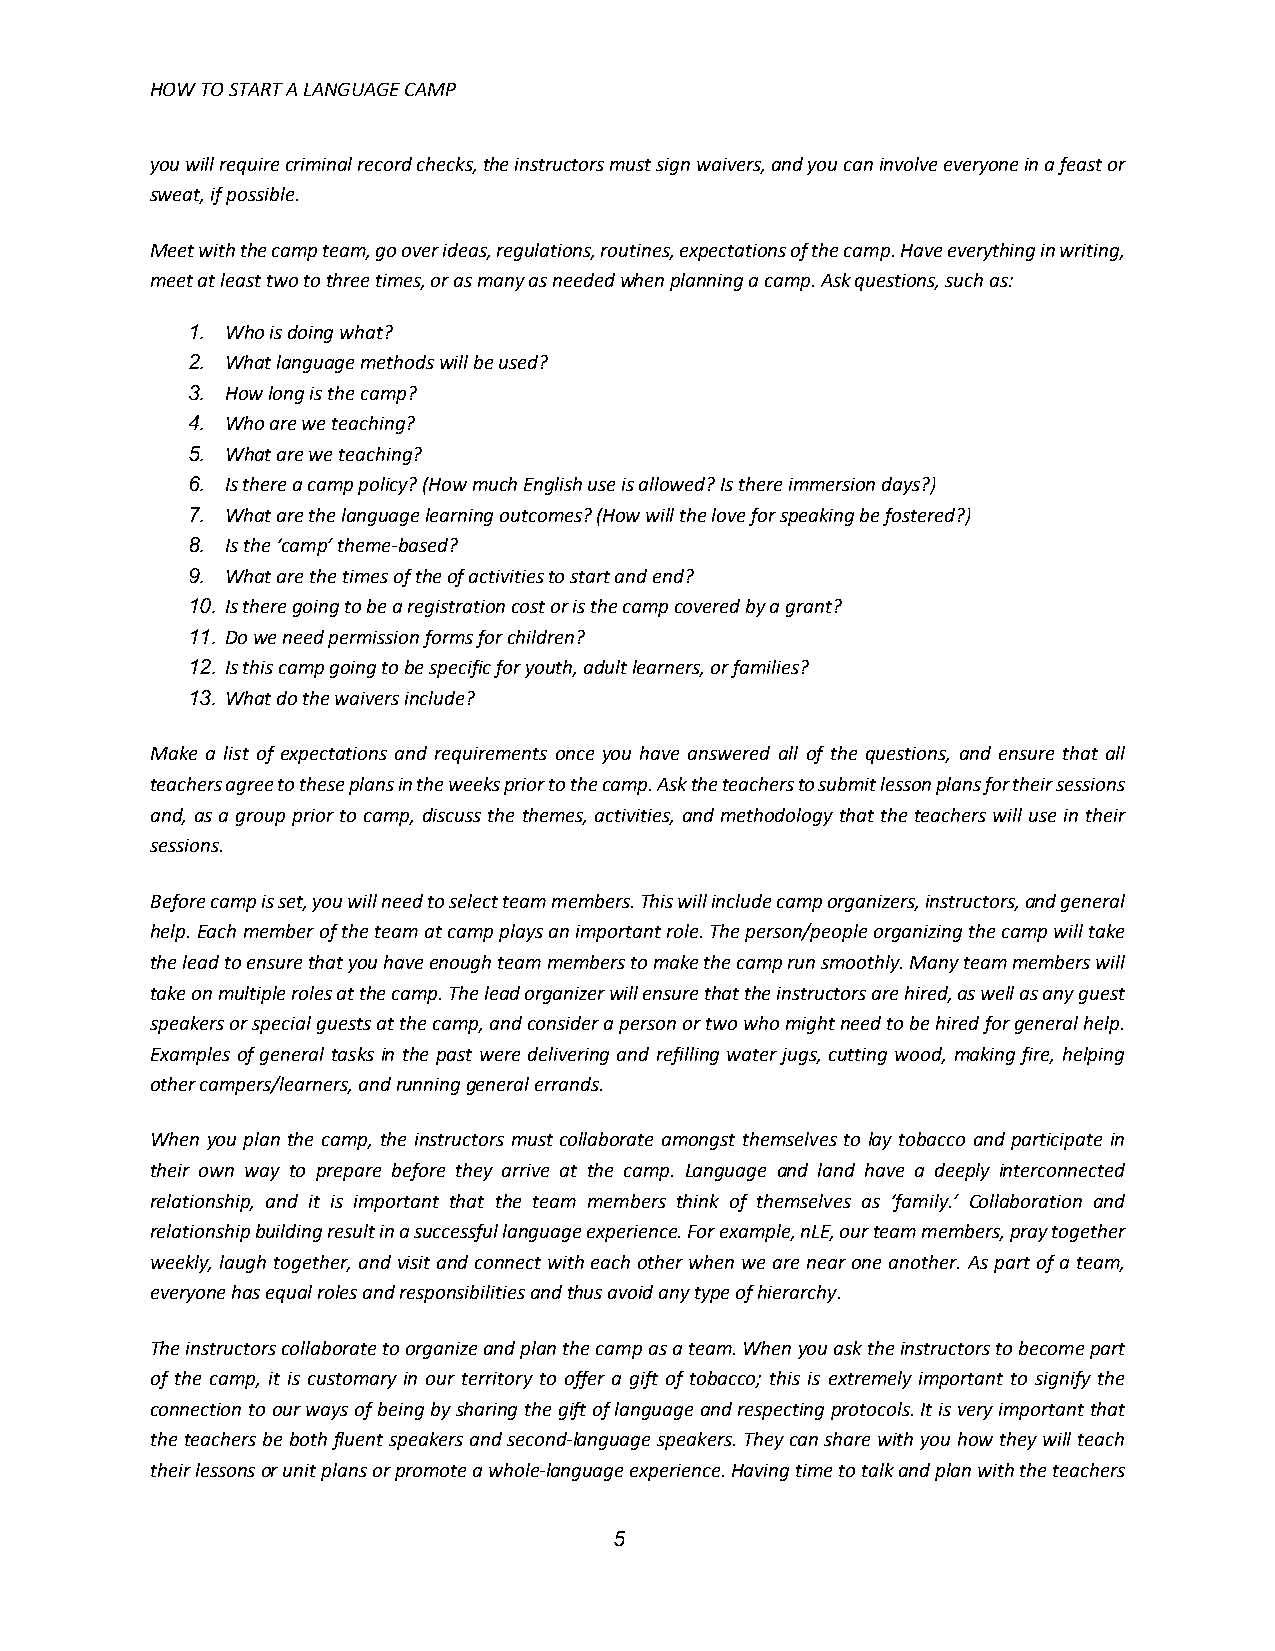
HOW TO START A LANGUAGE CAMP
 you will require criminal record checks, the instructors must sign waivers, and you can involve everyone in a feast or
 sweat, if possible.
 Meet with the camp team, go over ideas, regulations, routines, expectations of the camp. Have everything in writing,
 meet at least two to three times, or as many as needed when planning a camp. Ask questions, such as:
 1. Who is doing what?
 2. What language methods will be used?
 3. How long is the camp?
 4. Who are we teaching?
 5. What are we teaching?
 6. Is there a camp policy? (How much English use is allowed? Is there immersion days?)
 7. What are the language learning outcomes? (How will the love for speaking be fostered?)
 8. Is the ‘camp’ theme-based?
 9. What are the times of the of activities to start and end?
 10. Is there going to be a registration cost or is the camp covered by a grant?
 11. Do we need permission forms for children?
 12. Is this camp going to be specific for youth, adult learners, or families?
 13. What do the waivers include?
 Make a list of expectations and requirements once you have answered all of the questions, and ensure that all
 teachers agree to these plans in the weeks prior to the camp. Ask the teachers to submit lesson plans for their sessions
 and, as a group prior to camp, discuss the themes, activities, and methodology that the teachers will use in their
 sessions.
 Before camp is set, you will need to select team members. This will include camp organizers, instructors, and general
 help. Each member of the team at camp plays an important role. The person/people organizing the camp will take
 the lead to ensure that you have enough team members to make the camp run smoothly. Many team members will
 take on multiple roles at the camp. The lead organizer will ensure that the instructors are hired, as well as any guest
 speakers or special guests at the camp, and consider a person or two who might need to be hired for general help.
 Examples of general tasks in the past were delivering and refilling water jugs, cutting wood, making fire, helping
 other campers/learners, and running general errands.
 When you plan the camp, the instructors must collaborate amongst themselves to lay tobacco and participate in
 their own way to prepare before they arrive at the camp. Language and land have a deeply interconnected
 relationship, and it is important that the team members think of themselves as ‘family.’ Collaboration and
 relationship building result in a successful language experience. For example, nLE, our team members, pray together
 weekly, laugh together, and visit and connect with each other when we are near one another. As part of a team,
 everyone has equal roles and responsibilities and thus avoid any type of hierarchy.
 The instructors collaborate to organize and plan the camp as a team. When you ask the instructors to become part
 of the camp, it is customary in our territory to offer a gift of tobacco; this is extremely important to signify the
 connection to our ways of being by sharing the gift of language and respecting protocols. It is very important that
 the teachers be both fluent speakers and second-language speakers. They can share with you how they will teach
 their lessons or unit plans or promote a whole-language experience. Having time to talk and plan with the teachers
 5